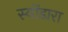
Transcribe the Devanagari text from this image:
स्योंडारा